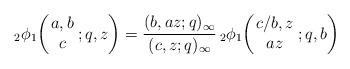
LaTeX: \begin{align*}{}_2\phi_1 \biggl(\!\! \begin{array}{c} a,b \\ c \end{array}\! ;q,z \biggr) = \frac{(b,az;q)_{\infty}}{(c,z;q)_{\infty}} \,_2\phi_1 \biggl(\!\! \begin{array}{c} c/b,z \\ az \end{array}\! ;q, b \biggr)\end{align*}